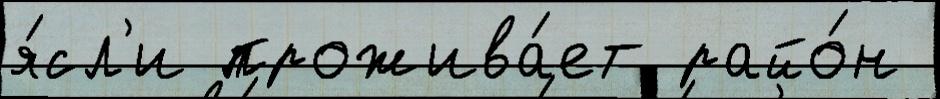
я́сл'и прожива́ет райо́н